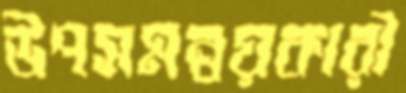
উপসমন্বয়কারী